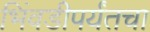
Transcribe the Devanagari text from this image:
भिंवडीपर्यंतचा